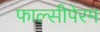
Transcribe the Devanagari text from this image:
फाल्सीपेरम